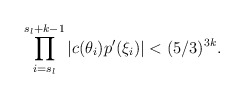
\begin{align*}\prod \limits^{s_l + k-1}_{i = s_l} |c(\theta_i)p'(\xi_i)| < (5/3)^{3k}.\end{align*}